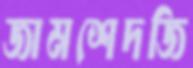
জামশেদজি